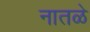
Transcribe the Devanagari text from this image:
नातळे